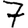
Digit: 7